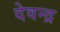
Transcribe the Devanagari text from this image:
देवन्द्र